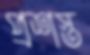
প্রশস্ত